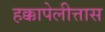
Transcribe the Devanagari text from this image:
हक्कापेलीत्तास